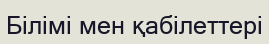
Білімі мен қабілеттері